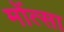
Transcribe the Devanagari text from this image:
मोंत्सा